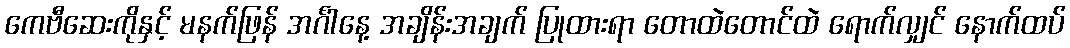
ကေဗီဆေးကိုနှင့် မနက်ဖြန် အင်္ဂါနေ့ အချိန်းအချက် ပြုထားရာ တောထဲတောင်ထဲ ရောက်လျှင် နောက်ထပ်